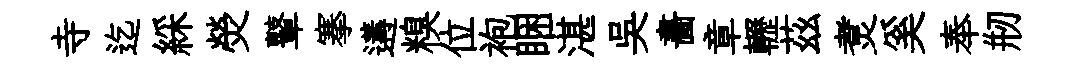
寺迄綵熒鼙搴遘糗位袍睏湛吴畵章轣茲煑奚奉剏